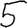
Digit: 5